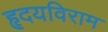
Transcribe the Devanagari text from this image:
हृदयविराम